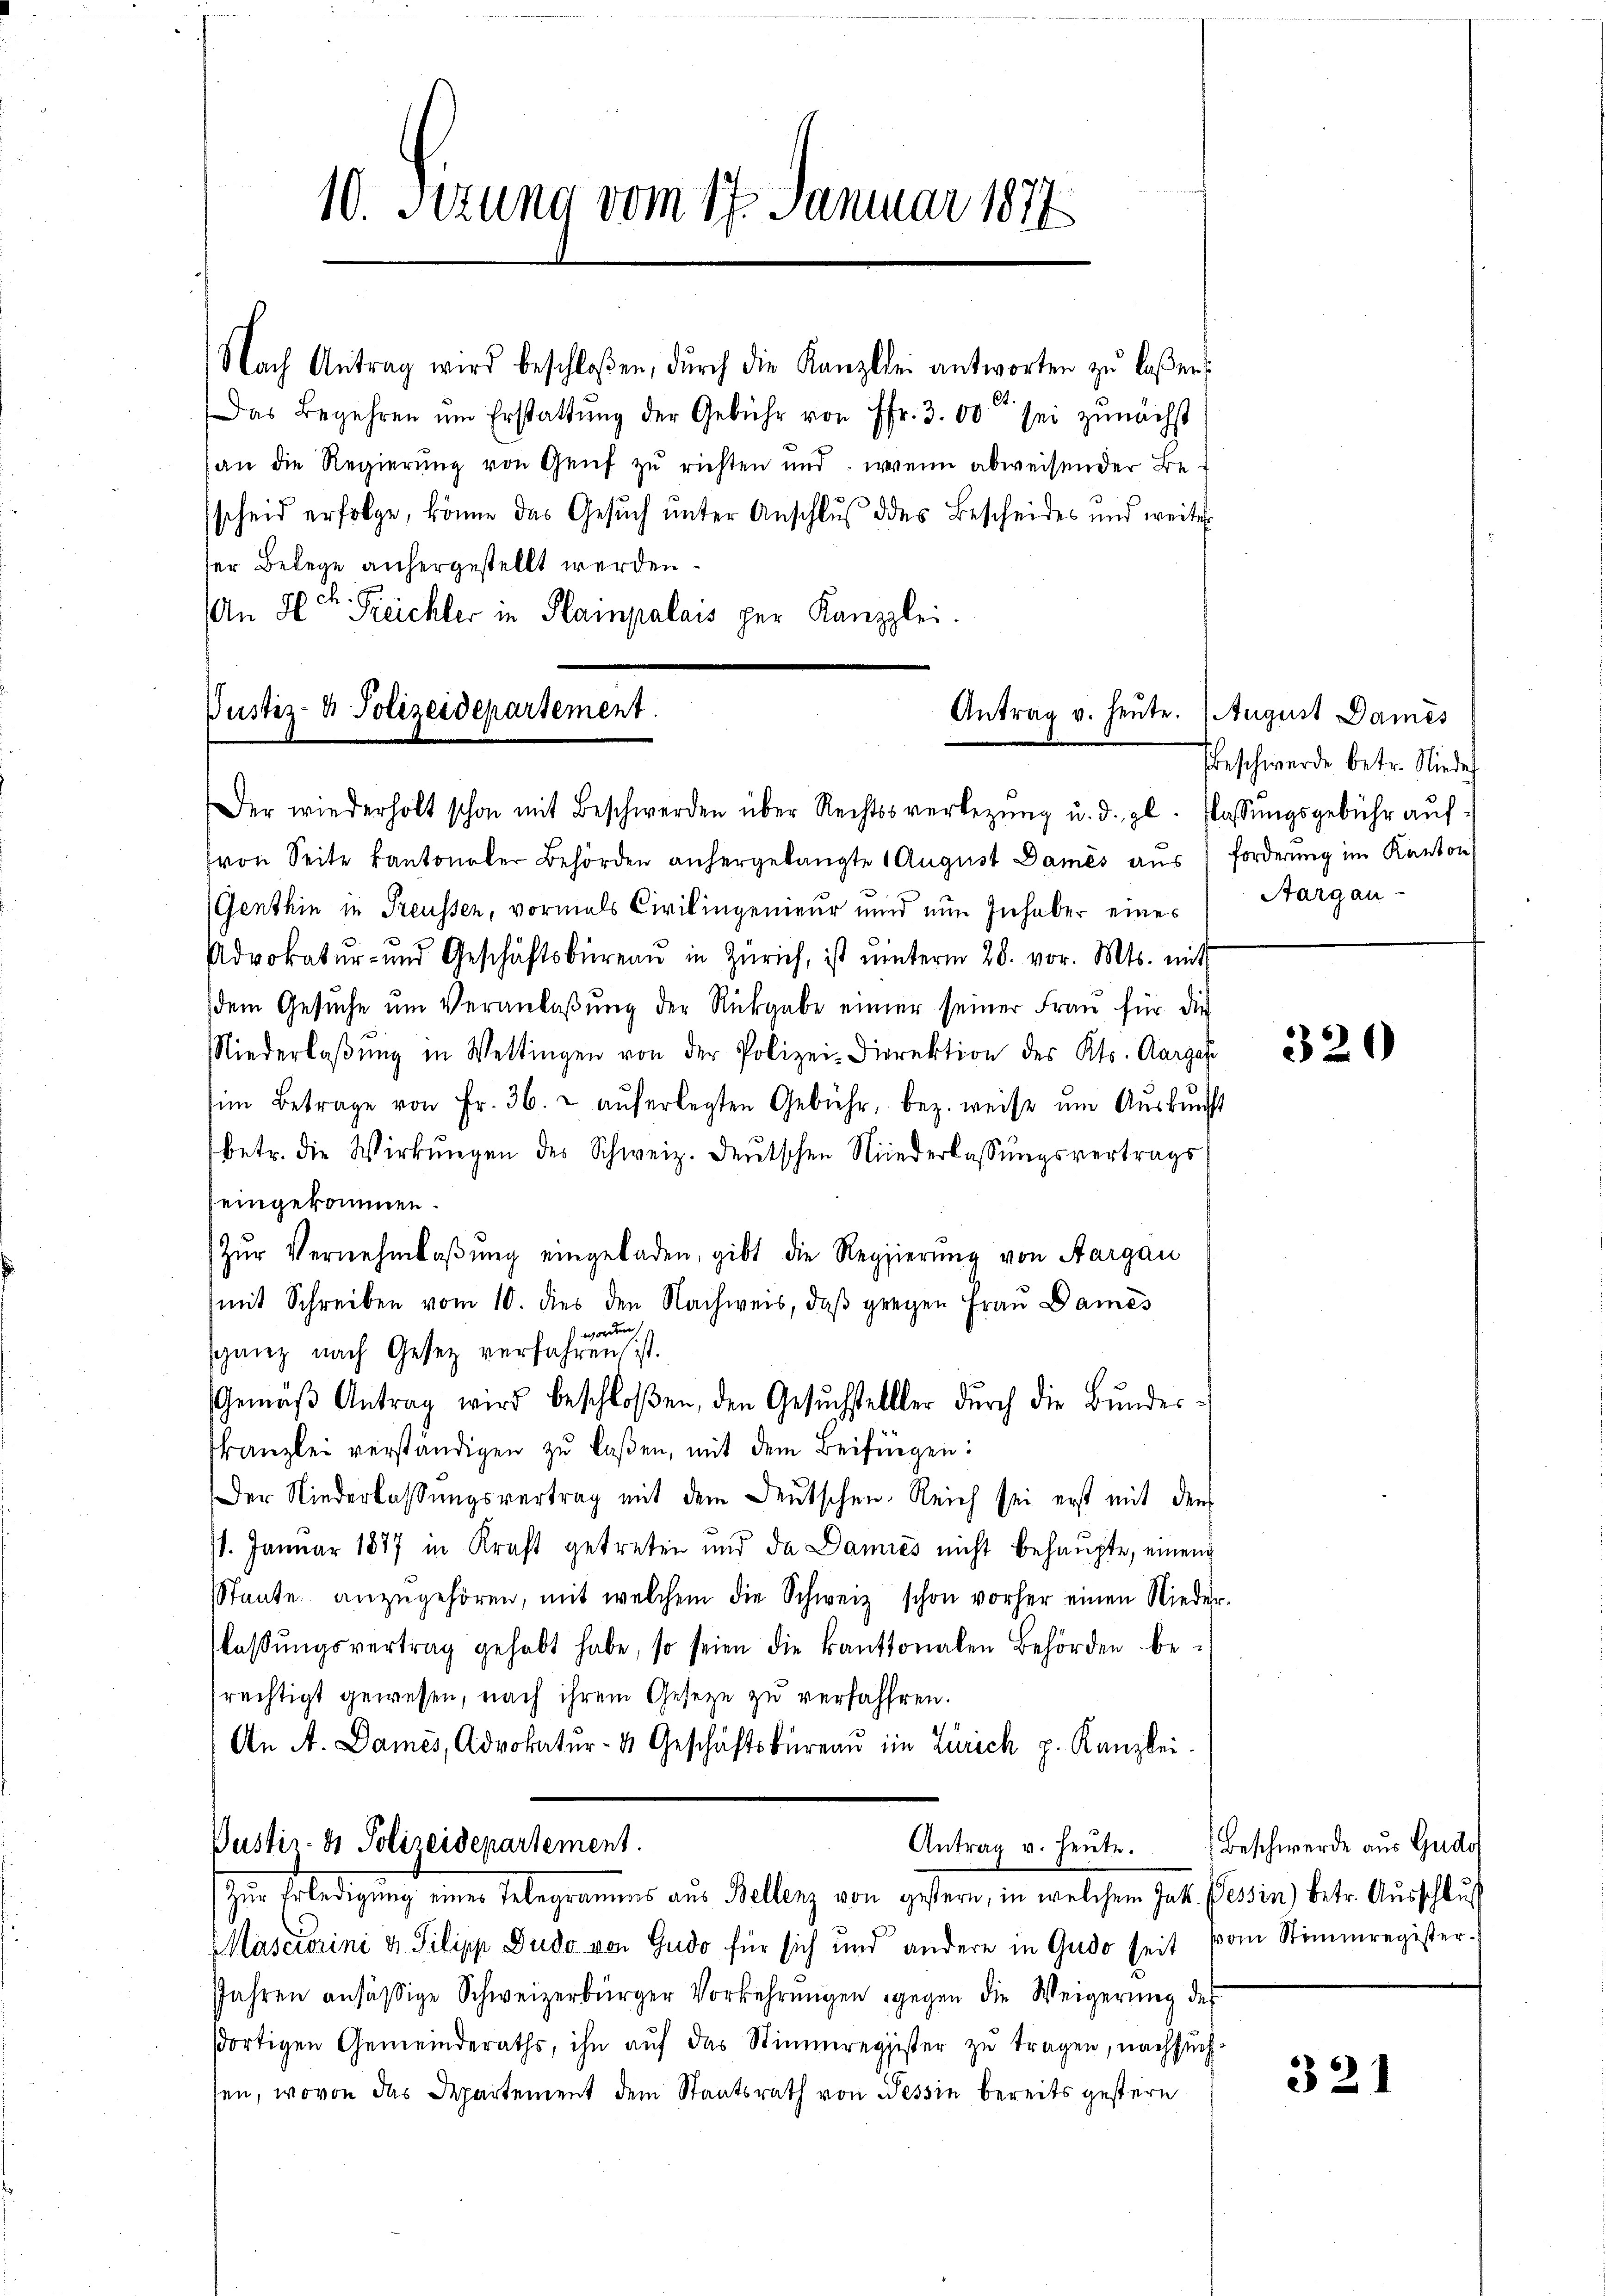
10. Sizung vom 17. Januar 1877

Nach Antrag wird beschloßen, dŭrch die Kanzlei antworten zŭ laßen.
Das Begehren um Erstattung der Gebühr von Fr. 300 sei zunächst
an die Regierŭng von Genf zŭ richten und, wenn abweisender Be-
scheid erfolge, könne das Gesuch unter Anschluß des Bescheides und weiter
ser Belege anhergestellt werden.
An Hr. Freichter in Klampalais per Kanzlei.

Justiz- & Polizeidepartement.
Antrag v. heute.

Der wiederholt schon mit Beschwerden über Rechtsverlegŭng u. d. gl. lassŭngsgebühr aŭf
(von Seite kantonaler Behörden anhergelangte 1 August Damés aus forderung im Kanton
Genthin in Treussen, vormals Civilingenieur und nun Inhaber eines
Advokatur- und Geschäftsbüreaŭ in Zürich, ist ŭnterm 28. vor. Mts. mit
dem Gesŭche ŭm Veranlaßung der Rückgabe einer seiner Frau für die
Niederlaβŭng in Wettingen von der Polizei-Direktion des Kts. Aargas
im Betrage von Fr. 36. u aŭf erlegten Gebühr, bez. weise ŭm Aŭskŭnft
betr. die Wirkungen des Schweiz. Deutschen Niederlassŭngsvertrags
eingekommen.
Zŭr Vernehmlaβŭng eingeladen, gibt die Regierŭng von Aargau
mit Schreiben vom 10. dies den Nachweis, daβ gegen Fraŭ Dames
 worden
sganz nach Gesetz verfahren ist.
Gemäβ Antrag wird beschloßen, den Gesŭchstellter dŭrch die Bŭndes-
kanzlei verständigen zu laßen, mit dem Beifügen:
Der Niederlassŭngsvertrag mit dem Deutschen. Reich sei erst mit dem
11. Januar 1877 in Kraft getreten und da Damies nicht behaupte, einem
Stante anzŭgehören, mit welchem die Schweiz schon vorher einen Nieder-
flassŭngsvertrag gehabt habe, so seien die kantonalen Behörden be-
rechtigt gewesen, nach ihrem Gesetze zu verfahren.
An A. Dames, Advokatur- & Geschäftsbüreaŭ in Zürich p. Kanzlei.
Pustiz- & Polizeidepartement.
Antrag u. heute. Beschwerde aus Gudo
Zur Erledigung einer Telegramms aus Bellenz von gestern, in welchem Jak. Tessin, betr. Ausschlus
Masciorini v. Pilipp Dudo von Gudo für sich und andere in Gudo seit vom Stimmregister.
Jahren ansäßige Schweizerbürger Vorkehrungen gegen die Weigerung des
dortigen Gemeinderaths, ihn aŭf das Stimmregister zŭ tragen, nachsuch
sen, wovon das Departement dem Staatsrath von Nessin bereits gestern

August Dames
Geschwerde betr. Nieder
Aargau-

320

321